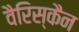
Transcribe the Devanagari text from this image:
वैरिस्कैन